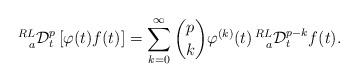
LaTeX: \begin{align*}\prescript{RL}{a}{\mathcal{D}}_{t}^{p}\left[\varphi(t) f(t)\right]=\sum_{k=0}^{\infty}{p \choose k}\varphi^{(k)}(t) \prescript{RL}{a}{\mathcal{D}}_{t}^{p-k}f(t).\end{align*}